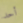
أحد